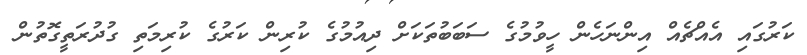
ކަރުގައި އެއްޗެއް އިންނަހެން ހީވުމުގެ ސަބަބުތަކަށް ދިއުމުގެ ކުރިން ކަރުގެ ކުރިމަތި ގުދުރަތީގޮތުން